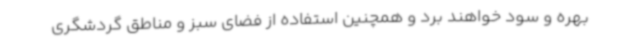
بهره و سود خواهند برد و همچنین استفاده از فضای سبز و مناطق گردشگری